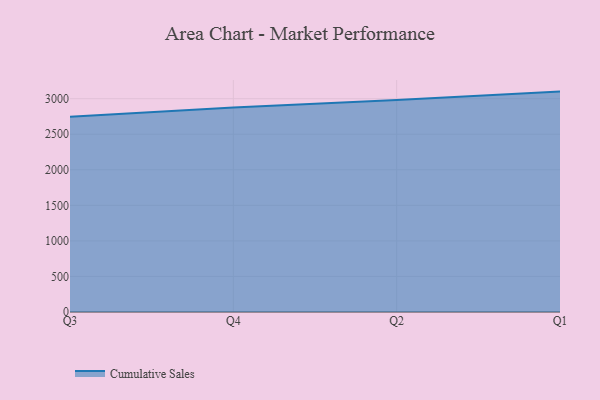
{"axis": {"x": "Quarter", "y": "Shipments"}, "legend": ["Cumulative Sales"], "data": [{"x": "Q3", "y": 2746.9, "type": "Cumulative Sales"}, {"x": "Q4", "y": 2875.0, "type": "Cumulative Sales"}, {"x": "Q2", "y": 2982.9, "type": "Cumulative Sales"}, {"x": "Q1", "y": 3099.7, "type": "Cumulative Sales"}]}